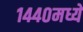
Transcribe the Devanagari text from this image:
१४४०मध्ये